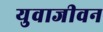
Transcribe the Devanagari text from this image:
युवाजीवन